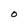
Character: O